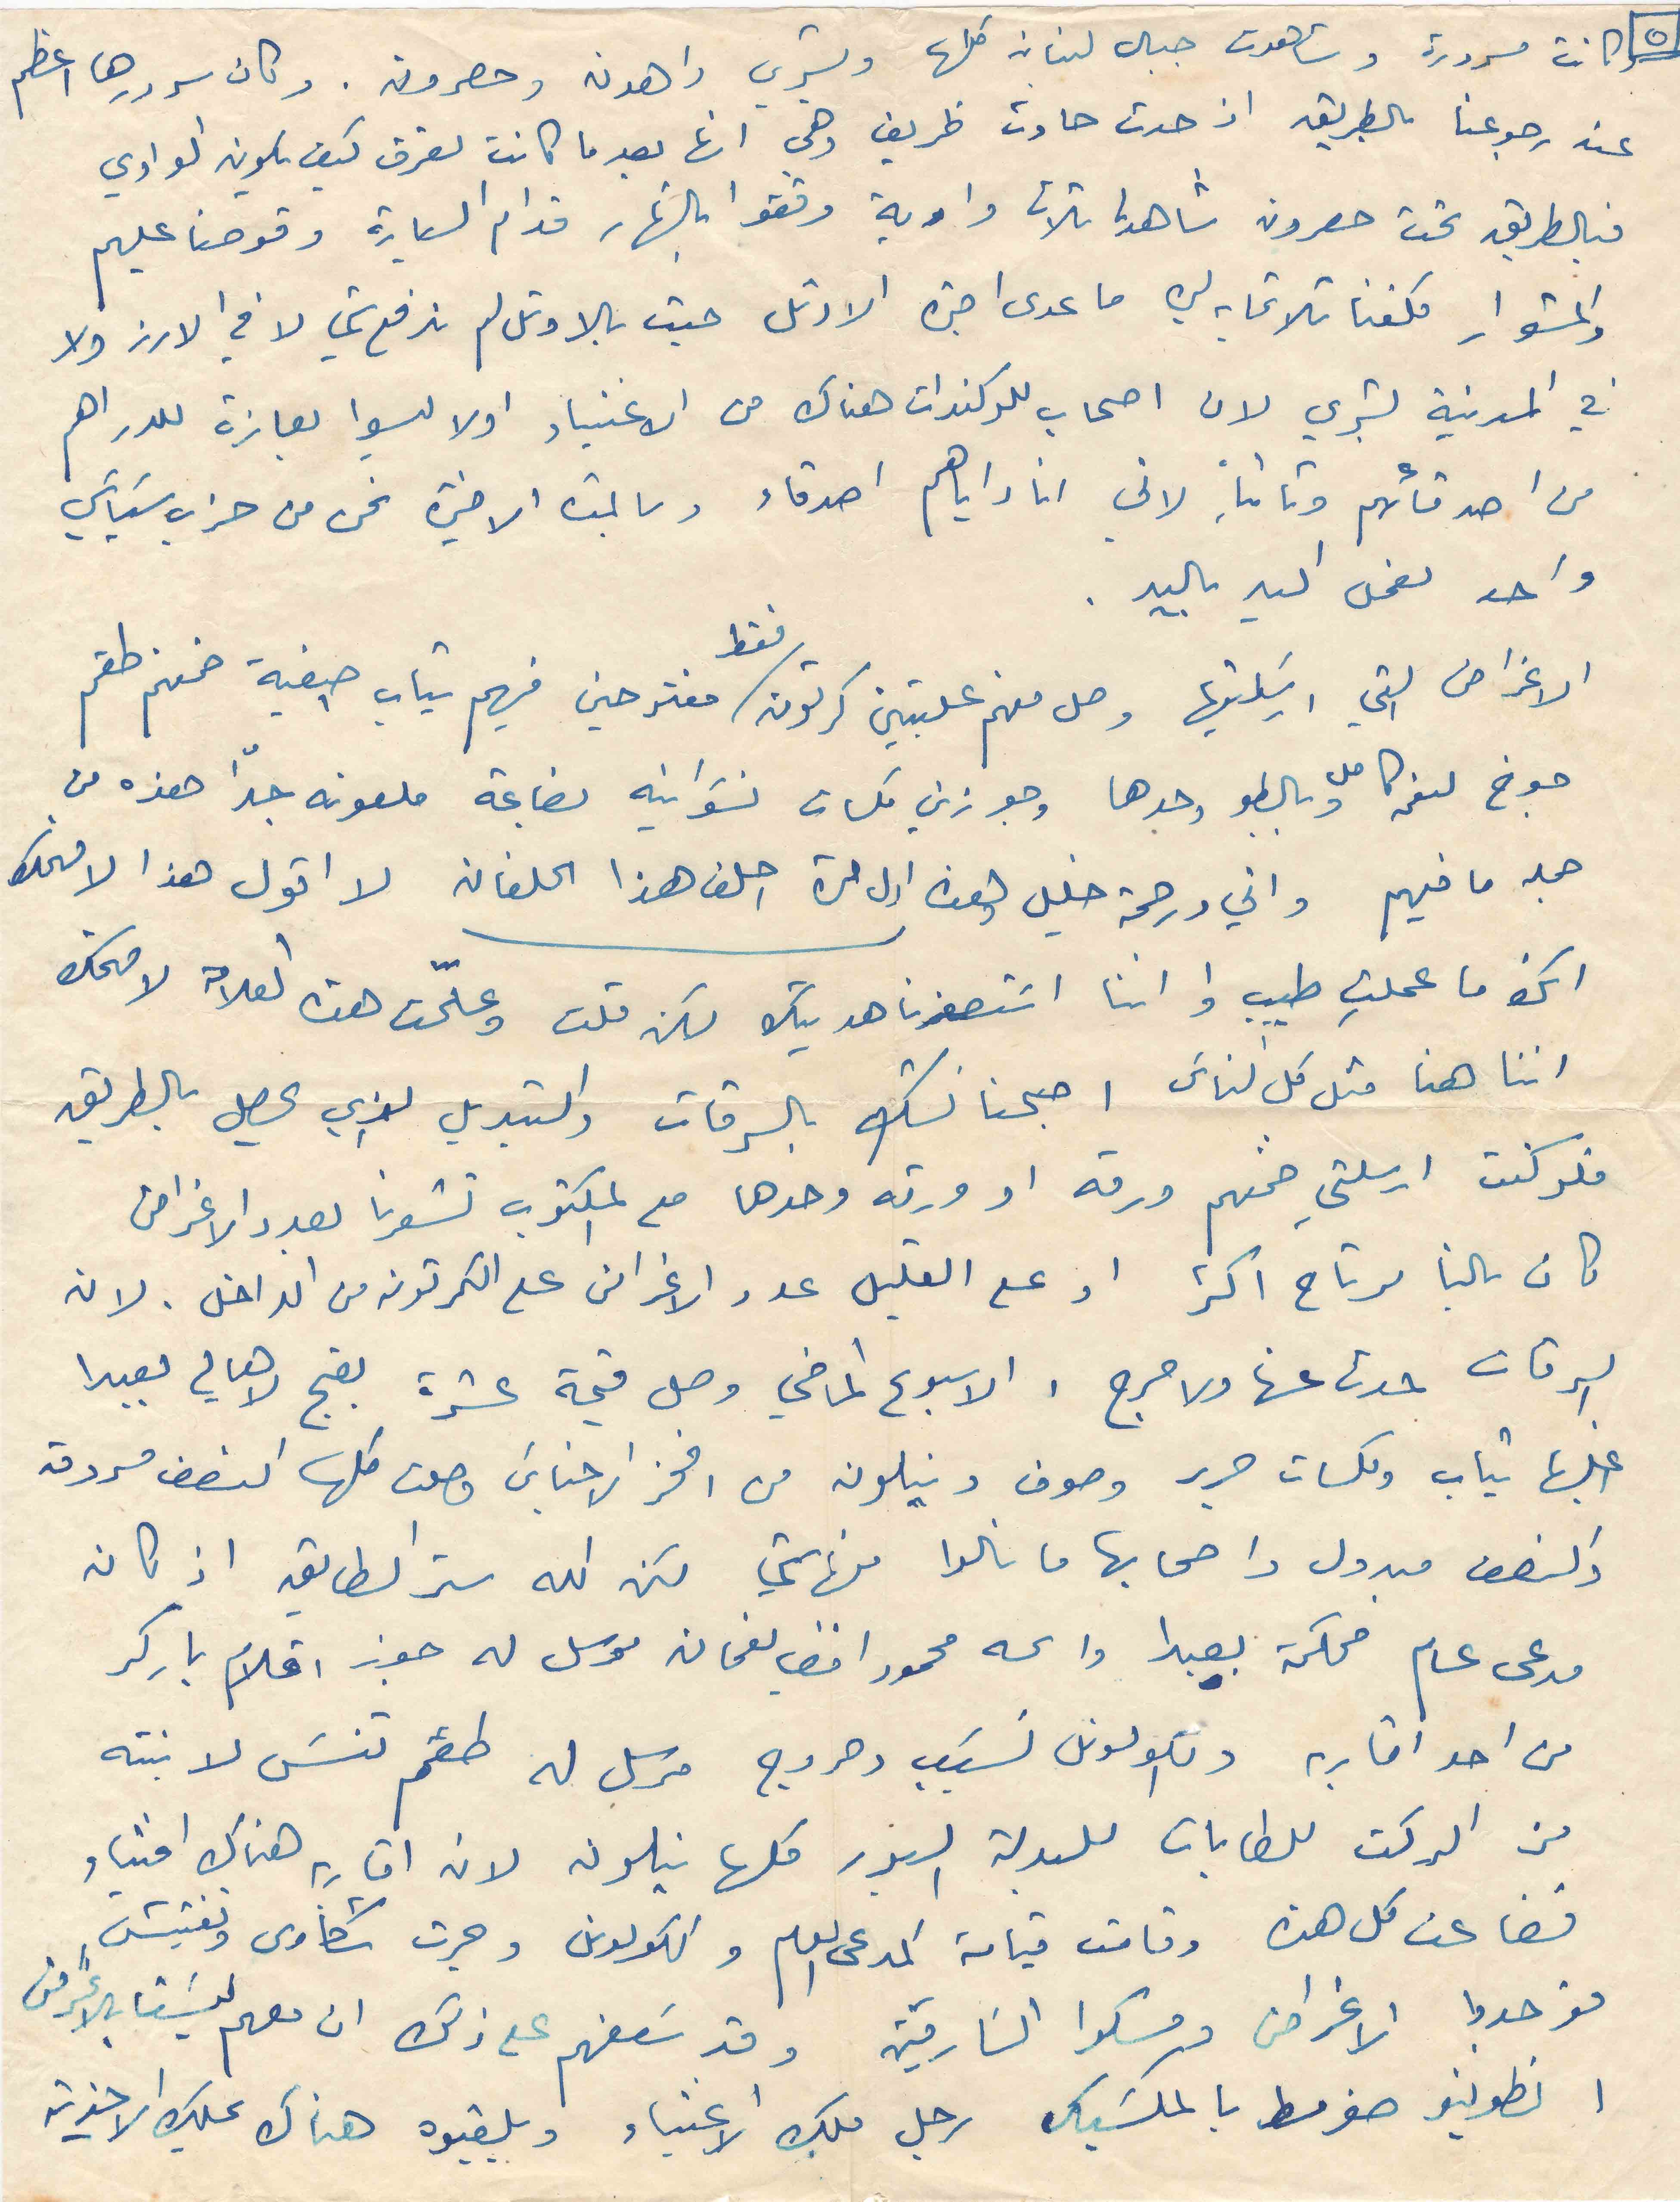
٥
كانت مسرورة وشاهدت جبال لبنان كلها وبشري واهدن وحصرون. وكان سرورها اعظم
عند رجوعنا بالطريق اذ حدث حادث ظريف وهي انها بعد ما كانت تعرف كيف يكون الواوي
فبالطريق تحت خصرون شاهدنا ثلاث واوية وقفوا بالنهار قدام السيارة وقوصنا عليهم
والمشوار كلفنا تلاتماية ليرة ما عدى اجرة الاوتل حيث بالاوتل لم ندفع شي لا في الارز ولا
في المدينة بشري لان اصحاب اللوكندات هناك من الاغنياء اولا ليسوا بعازة للدراهم
من اصدقائهم وثانيا لاني انا واياهم اصدقاء وبالمدة الاخيرة نحن من حزب سياسي
واحد نعمل اليد باليد.
الاغراض التي ارسلتيها وصل منهم علبتين كرتون/فقط مفتوحين فيهم تياب صيفية ضمنهم طقم
جوخ لنعمه كامل وبالطو وحدها وجوزين كلسات نسوانية بضاعة ملعونة جدّا هذه من
جملة ما فيهم واني ورحمة خليل وهذه اول مرة احلف هذا الحلفان لا اقول هذا لافهمك
انك ما عملتِ طيب او اننا استصغرنا هديتك لكن قلت وعلّمت هذه العلامه لاضحك
اننا هنا متل كل لناس اصبحنا نشك بالسرقات والتبديل الذي يحصل بالطريق
فلو كنت ارسلتىِ ضمنهم ورقه او ورقه وحدها مع المكتوب تشعرنا بعدد الاغراض
كان بالنا مرتاح اكتر او على القليل عدد الاغراض على الكرتونه من الداخل. لان
السرقات حدث عنها ولا حرج. الاسبوع الماضي وصل قيمة عشر بقج لاهالي بعبدا
اغلبها تياب وكلسات حرير وصوف ونيلون من افخر الاجناس وصلت كلها النصف مسروقه
والنصف مبدول واصحابها ما نالوا منها شي لكن الله ستر الطابق اذ كان
مدعى عام محكمة بعبدا واسمه محمود افندي نعمان مرسل له جوز اقلام باركر
من احد اقاربه والكولونل نسيب دحروج مرسل له طقم تنس لابنته
من الركت للطابات للبدلة السبور كلها نيلون لان اقاربه هناك اغنياء
فضاعت كل هذه وقامت قيامة المدعى العام والكولونيل وجرت شكاوى وتفتيش
فوجدوا الاغراض ومسكوا السارقين وقدسعفهم على ذلك ان معهم ليستا بالاغراض
انطونيو ضومط بالمكسيك رجل ملك الاغنياء وبلقبوه هناك بملك الاحذية